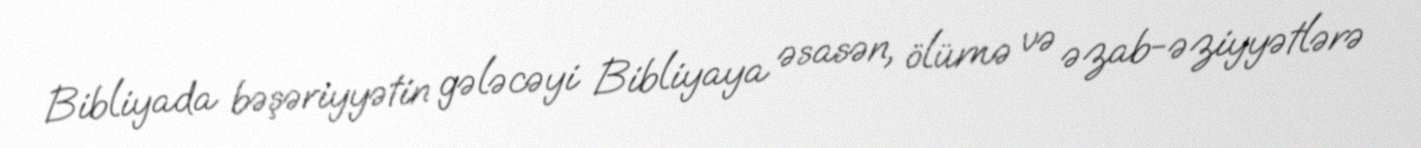
Bibliyada bəşəriyyətin gələcəyi Bibliyaya əsasən, ölümə və əzab-əziyyətlərə